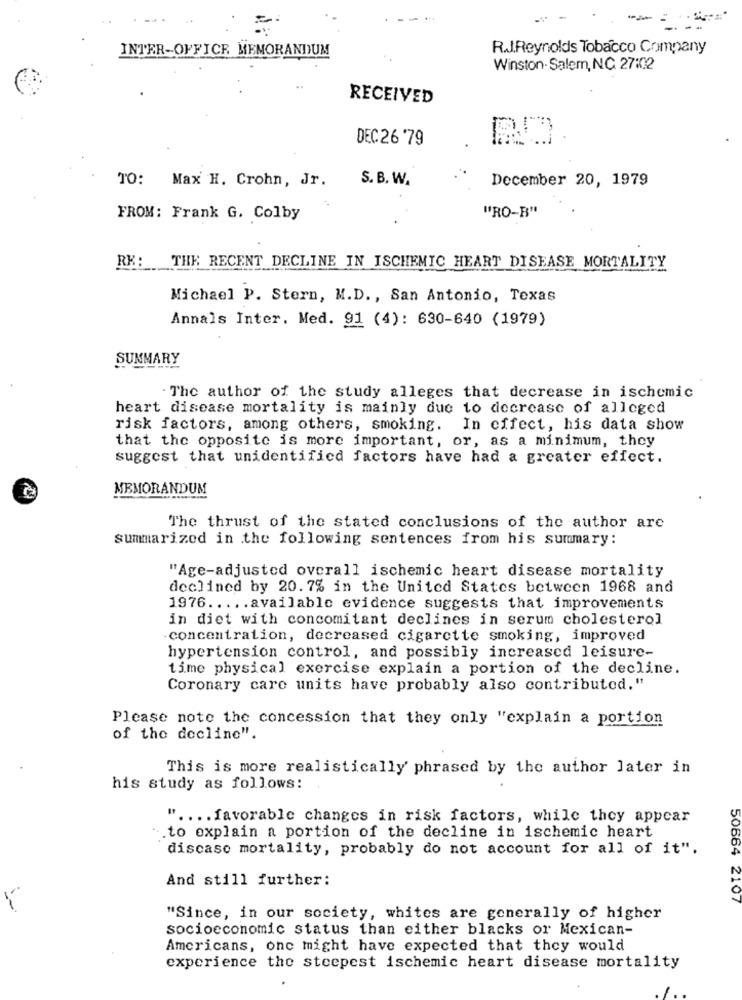
--
INTER-OFFICE MEMORANDUM
R.J.Reynolds Tobacco Company
Winston- Salem, NC 27:02
RECEIVED
DEC26 '79
RO
TO: Max H. Crohn, Jr.
S. B. W.
December 20, 1979
"RO-B"
FROM: Frank G. Colby
RE: THE RECENT DECLINE IN ISCHEMIC HEART DISEASE MORTALITY
Michael P. Stern, M.D ., San Antonio, Texas
Annals Inter. Med. 91 (4): 630-640 (1979)
SUMMARY
. The author of the study alleges that decrease in ischemic
heart disease mortality is mainly due to decrease of alleged
risk factors, among others, smoking. In effect, his data show
that the opposite is more important, or, as a minimum, they
suggest that unidentified factors have had a greater effect.
MEMORANDUM
The thrust of the stated conclusions of the author are
summarized in the following sentences from his summary:
"Age-adjusted overall ischemic heart disease mortality
declined by 20. 7% in the United States between 1968 and
1976 ..... available evidence suggests that improvements
in diet with concomitant declines in serum cholesterol
concentration, decreased cigarette smoking, improved
hypertension control, and possibly increased leisure-
time physical exercise explain a portion of the decline.
Coronary care units have probably also contributed."
Please note the concession that they only "explain a portion
of the decline".
This is more realistically' phrased by the author later in
his study as follows:
" .... favorable changes in risk factors, while they appear
to explain a portion of the decline in ischemic heart
discaso mortality, probably do not account for all of it".
50664
And still further:
2107
"Since, in our society, whites are generally of higher
socioeconomic status than either blacks or Mexican-
Americans, one might have expected that they would
experience the steepest ischemic heart disease mortality